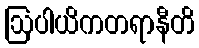
ဩပါယိကတရာနီတိ